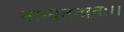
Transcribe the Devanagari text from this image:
नान्यतन्त्रतः।।